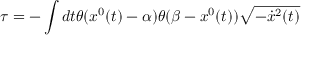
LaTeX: \tau = - \int d t \theta ( x ^ { 0 } ( t ) - \alpha ) \theta ( \beta - x ^ { 0 } ( t ) ) \sqrt { - \dot { x } ^ { 2 } ( t ) }